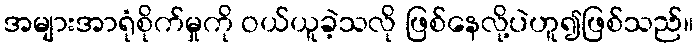
အများအာရုံစိုက်မှုကို ဝယ်ယူခဲ့သလို ဖြစ်နေလို့ပဲဟူ၍ဖြစ်သည်။